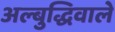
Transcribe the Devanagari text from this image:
अल्बुद्धिवाले